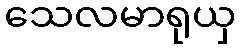
သေလမာရုယှ